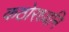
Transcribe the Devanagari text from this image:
कठोरध्वनि